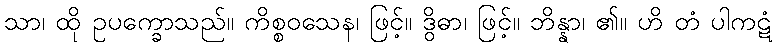
သာ၊ ထို ဥပက္ခောသည်။ ကိစ္စဝသေန၊ ဖြင့်။ ဒွိဓာ၊ ဖြင့်။ ဘိန္နာ၊ ၏။ ဟိ တံ ပါကဋံ